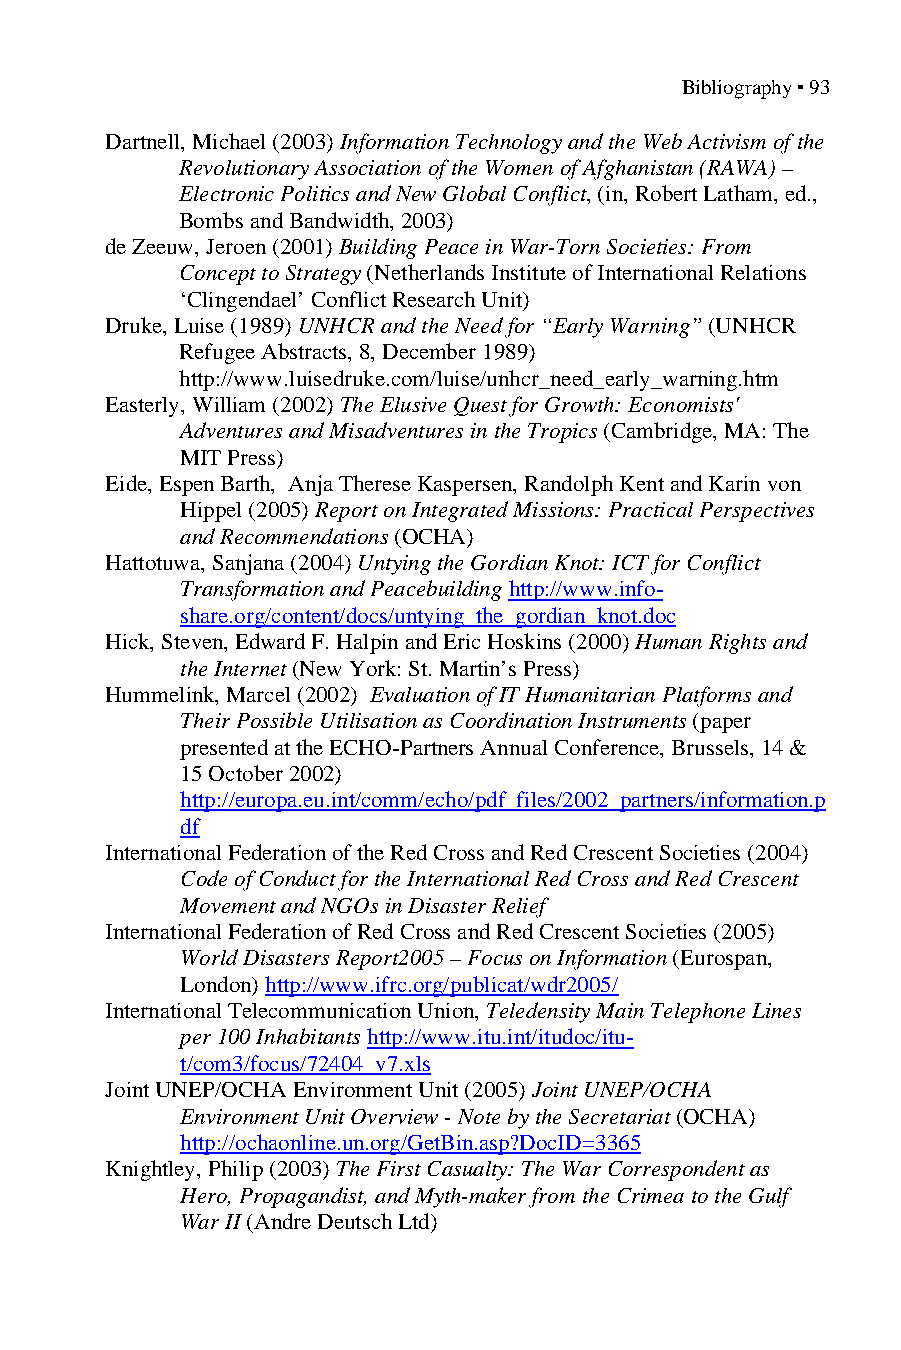
Bibliography ▪ 93
 Dartnell, Michael (2003) Information Technology and the Web Activism of the
 Revolutionary Association of the Women of Afghanistan (RAWA) –
 Electronic Politics and New Global Conflict, (in, Robert Latham, ed.,
 Bombs and Bandwidth, 2003)
 de Zeeuw, Jeroen (2001) Building Peace in War-Torn Societies: From
 Concept to Strategy (Netherlands Institute of International Relations
 ‘Clingendael’ Conflict Research Unit)
 Druke, Luise (1989) UNHCR and the Need for “Early Warning” (UNHCR
 Refugee Abstracts, 8, December 1989)
 http://www.luisedruke.com/luise/unhcr_need_early_warning.htm
 Easterly, William (2002) The Elusive Quest for Growth: Economists'
 Adventures and Misadventures in the Tropics (Cambridge, MA: The
 MIT Press)
 Eide, Espen Barth, Anja Therese Kaspersen, Randolph Kent and Karin von
 Hippel (2005) Report on Integrated Missions: Practical Perspectives
 and Recommendations (OCHA)
 Hattotuwa, Sanjana (2004) Untying the Gordian Knot: ICT for Conflict
 Transformation and Peacebuilding http://www.info-
 share.org/content/docs/untying_the_gordian_knot.doc
 Hick, Steven, Edward F. Halpin and Eric Hoskins (2000) Human Rights and
 the Internet (New York: St. Martin’s Press)
 Hummelink, Marcel (2002) Evaluation of IT Humanitarian Platforms and
 Their Possible Utilisation as Coordination Instruments (paper
 presented at the ECHO-Partners Annual Conference, Brussels, 14 &
 15 October 2002)
 http://europa.eu.int/comm/echo/pdf_files/2002_partners/information.p
 df
 International Federation of the Red Cross and Red Crescent Societies (2004)
 Code of Conduct for the International Red Cross and Red Crescent
 Movement and NGOs in Disaster Relief
 International Federation of Red Cross and Red Crescent Societies (2005)
 World Disasters Report2005 – Focus on Information (Eurospan,
 London) http://www.ifrc.org/publicat/wdr2005/
 International Telecommunication Union, Teledensity Main Telephone Lines
 per 100 Inhabitants http://www.itu.int/itudoc/itu-
 t/com3/focus/72404_v7.xls
 Joint UNEP/OCHA Environment Unit (2005) Joint UNEP/OCHA
 Environment Unit Overview - Note by the Secretariat (OCHA)
 http://ochaonline.un.org/GetBin.asp?DocID=3365
 Knightley, Philip (2003) The First Casualty: The War Correspondent as
 Hero, Propagandist, and Myth-maker from the Crimea to the Gulf
 War II (Andre Deutsch Ltd)